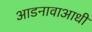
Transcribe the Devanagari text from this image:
आडनावाआधी